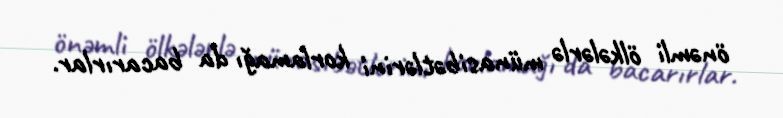
önəmli ölkələrlə münasibətlərini korlamağı da bacarırlar.